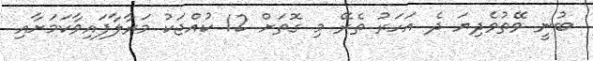
ބުނީ ވޭތުވެދިޔަ ދެ އަހަރު ތެރޭ މި ގޮތަށް 12 ކުއްޖަކު މަރާލާފައިވާކަމަށާއި